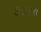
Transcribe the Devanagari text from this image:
७४८०